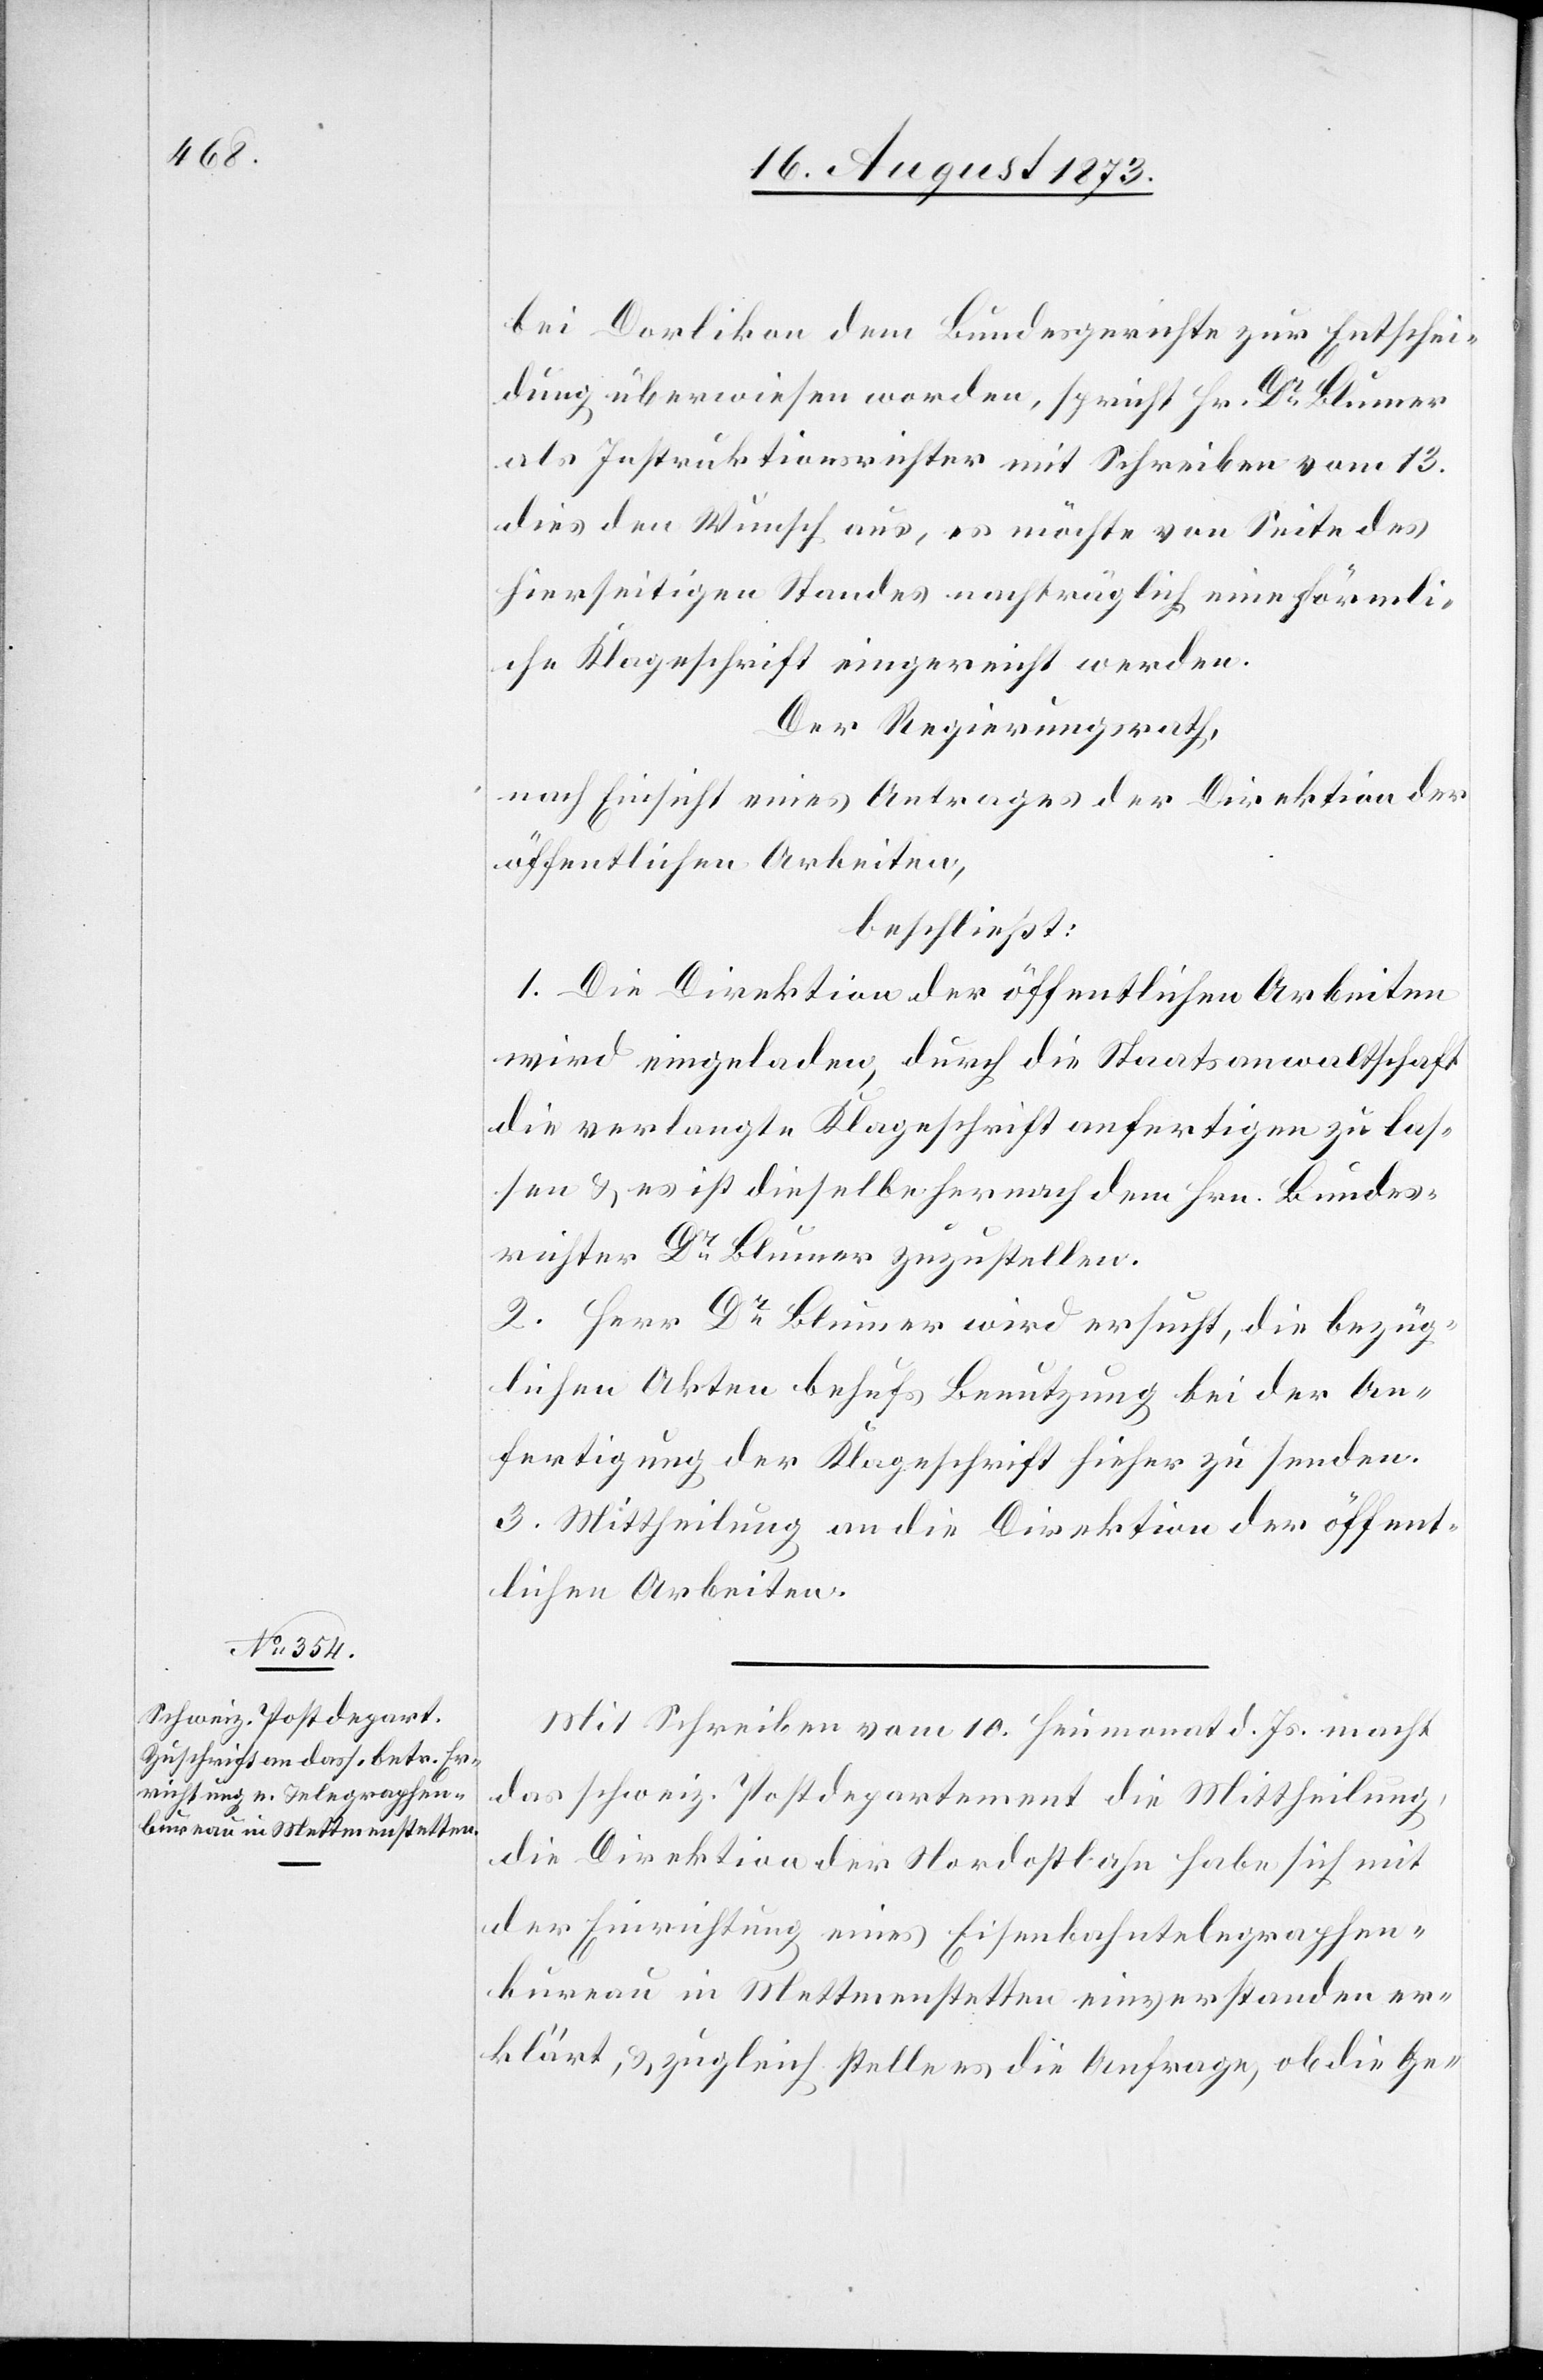
bei Dorlikon dem Bundesgerichte zur Entschei¬
dung überwiesen worden, spricht Hr. Dr Blumer
als Instruktionsrichter mit Schreiben vom 13.
dies den Wunsch aus, es möchte von Seite des
hierseitigen Standes nachträglich eine förmli¬
che Klageschrift eingereicht werden.
Der Regierungsrath,
nach Einsicht eines Antrages der Direktion der
öffentlichen Arbeiten,
beschließt:
1. Die Direktion der öffentlichen Arbeiten
wird eingeladen, durch die Staatsanwaltschaft
die verlangte Klageschrift anfertigen zu las¬
sen & es ist dieselbe hernach dem Hrn. Bundes¬
richter Dr Blumer zuzustellen.
2. Herr Dr Blumer wird ersucht, die bezüg¬
lichen Akten behufs Benutzung bei der An¬
fertigung der Klageschrift hieher zu senden.
3. Mittheilung an die Direktion der öffent¬
lichen Arbeiten.
Mit Schreiben vom 10. Heumonat d. Js. macht
das schweiz. Postdepartement die Mittheilung,
die Direktion der Nordostbahn habe sich mit
der Einrichtung eines Eisenbahntelegraphen¬
bureau in Mettmentstetten einverstanden er¬
klärt, & zugleich stelle es die Anfrage, ob die Ge-